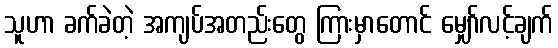
သူဟာ ခက်ခဲတဲ့ အကျပ်အတည်းတွေ ကြားမှာတောင် မျှော်လင့်ချက်